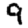
Digit: 9